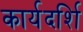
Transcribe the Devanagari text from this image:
कार्यदर्शि